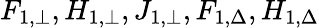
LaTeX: F_{1,\bot},H_{1,\bot},J_{1,\bot},F_{1,\Delta},H_{1,\Delta}